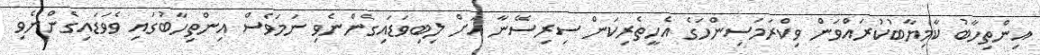
އިންތިހާބު ކާމިޔާބުކުރައްވަން ވިކްރަމަސިންހަގެ އެހީތެރިކަން ސިރިސޭނާ އަށް ލިބިވަޑައިގެންނެވި ނަމަވެސް އިންތިހާބުގައި ވެވަޑައިގެންނެވި